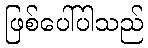
ဖြစ်ပေါ်ပါသည်